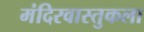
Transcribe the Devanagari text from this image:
मंदिरवास्तुकला